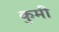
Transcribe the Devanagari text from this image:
कुमी